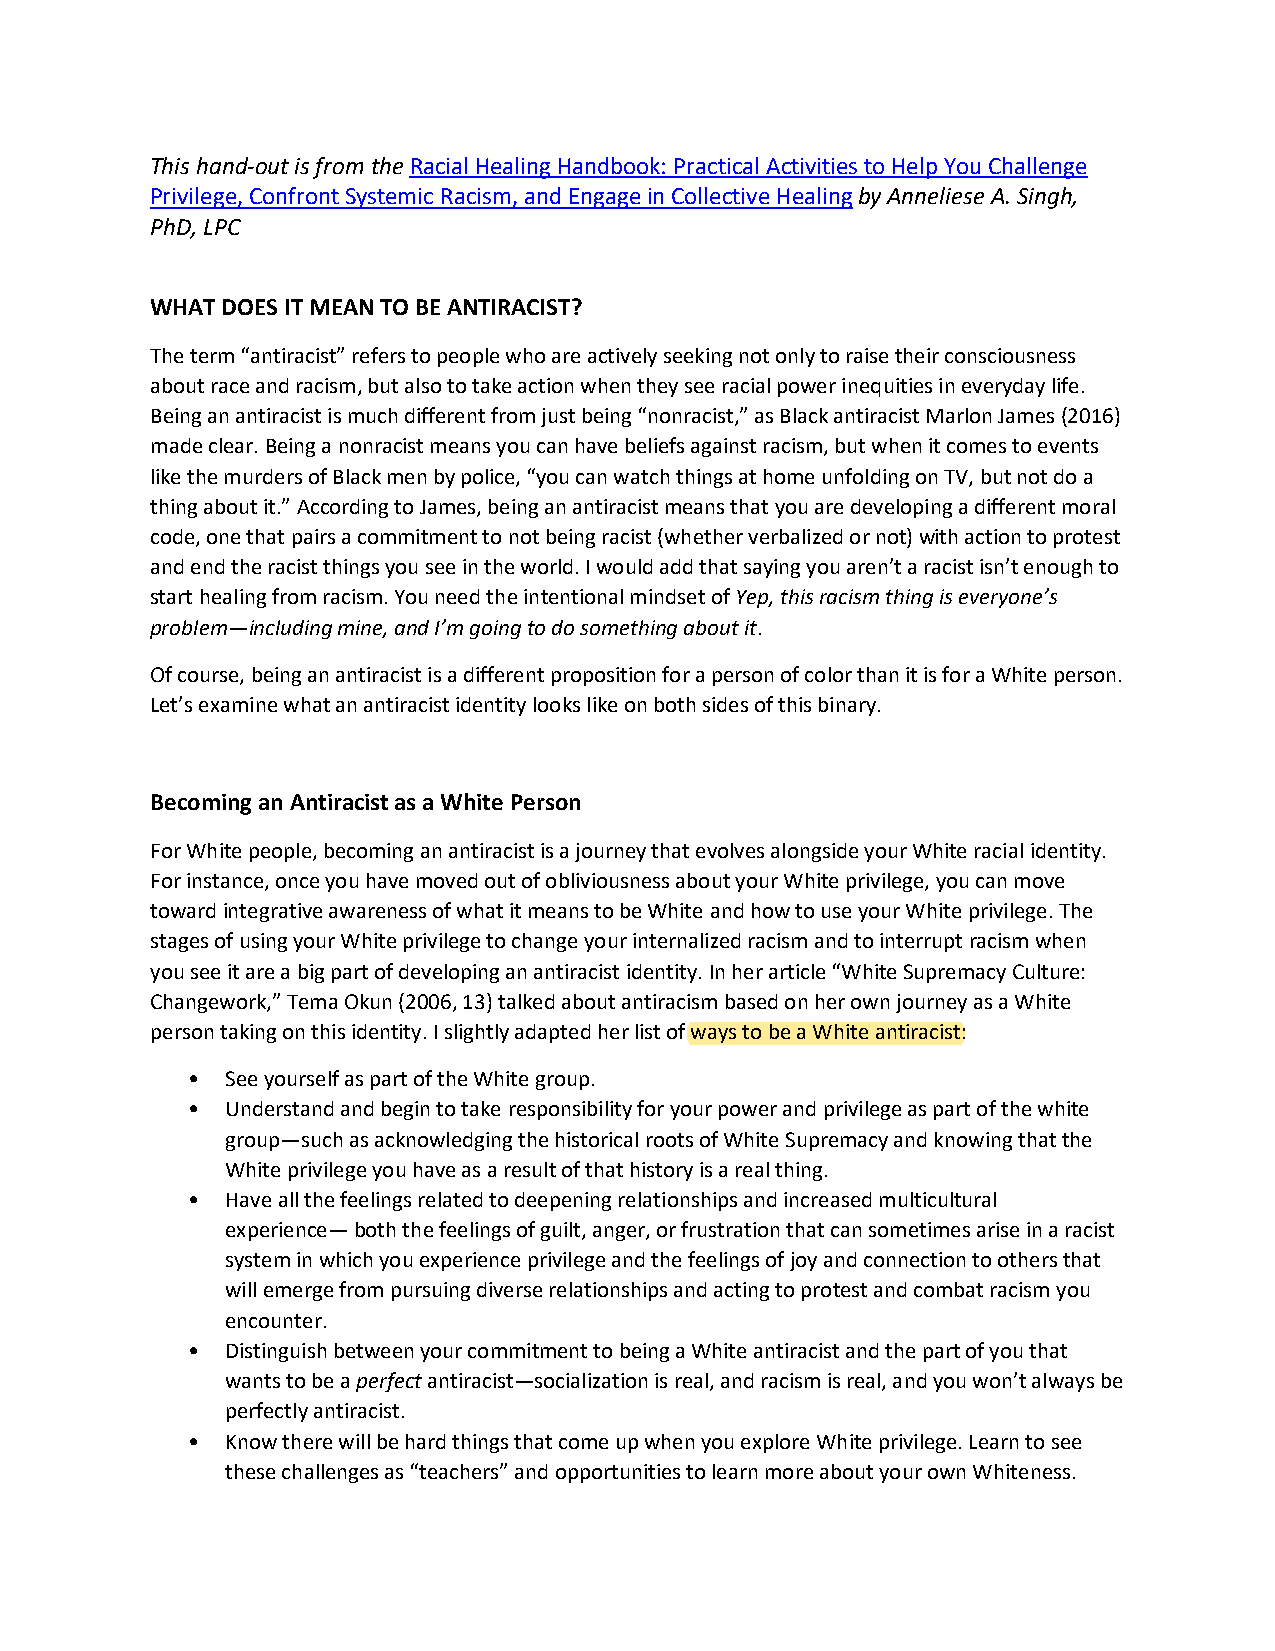
This hand-out is from the Racial Healing Handbook: Practical Activities to Help You Challenge
 Privilege, Confront Systemic Racism, and Engage in Collective Healing by Anneliese A. Singh,
 PhD, LPC
 WHAT DOES IT MEAN TO BE ANTIRACIST?
 The term “antiracist” refers to people who are actively seeking not only to raise their consciousness
 about race and racism, but also to take action when they see racial power inequities in everyday life.
 Being an antiracist is much different from just being “nonracist,” as Black antiracist Marlon James (2016)
 made clear. Being a nonracist means you can have beliefs against racism, but when it comes to events
 like the murders of Black men by police, “you can watch things at home unfolding on TV, but not do a
 thing about it.” According to James, being an antiracist means that you are developing a different moral
 code, one that pairs a commitment to not being racist (whether verbalized or not) with action to protest
 and end the racist things you see in the world. I would add that saying you aren’t a racist isn’t enough to
 start healing from racism. You need the intentional mindset of Yep, this racism thing is everyone’s
 problem—including mine, and I’m going to do something about it.
 Of course, being an antiracist is a different proposition for a person of color than it is for a White person.
 Let’s examine what an antiracist identity looks like on both sides of this binary.
 Becoming an Antiracist as a White Person
 For White people, becoming an antiracist is a journey that evolves alongside your White racial identity.
 For instance, once you have moved out of obliviousness about your White privilege, you can move
 toward integrative awareness of what it means to be White and how to use your White privilege. The
 stages of using your White privilege to change your internalized racism and to interrupt racism when
 you see it are a big part of developing an antiracist identity. In her article “White Supremacy Culture:
 Changework,” Tema Okun (2006, 13) talked about antiracism based on her own journey as a White
 person taking on this identity. I slightly adapted her list of ways to be a White antiracist:
 •  See yourself as part of the White group.
 •  Understand and begin to take responsibility for your power and privilege as part of the white
 group—such as acknowledging the historical roots of White Supremacy and knowing that the
 White privilege you have as a result of that history is a real thing.
 •  Have all the feelings related to deepening relationships and increased multicultural
 experience— both the feelings of guilt, anger, or frustration that can sometimes arise in a racist
 system in which you experience privilege and the feelings of joy and connection to others that
 will emerge from pursuing diverse relationships and acting to protest and combat racism you
 encounter.
 •  Distinguish between your commitment to being a White antiracist and the part of you that
 wants to be a perfect antiracist—socialization is real, and racism is real, and you won’t always be
 perfectly antiracist.
 •  Know there will be hard things that come up when you explore White privilege. Learn to see
 these challenges as “teachers” and opportunities to learn more about your own Whiteness.